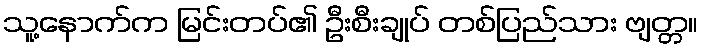
သူ့နောက်က မြင်းတပ်၏ ဦးစီးချုပ် တစ်ပြည်သား ဗျတ္တ။